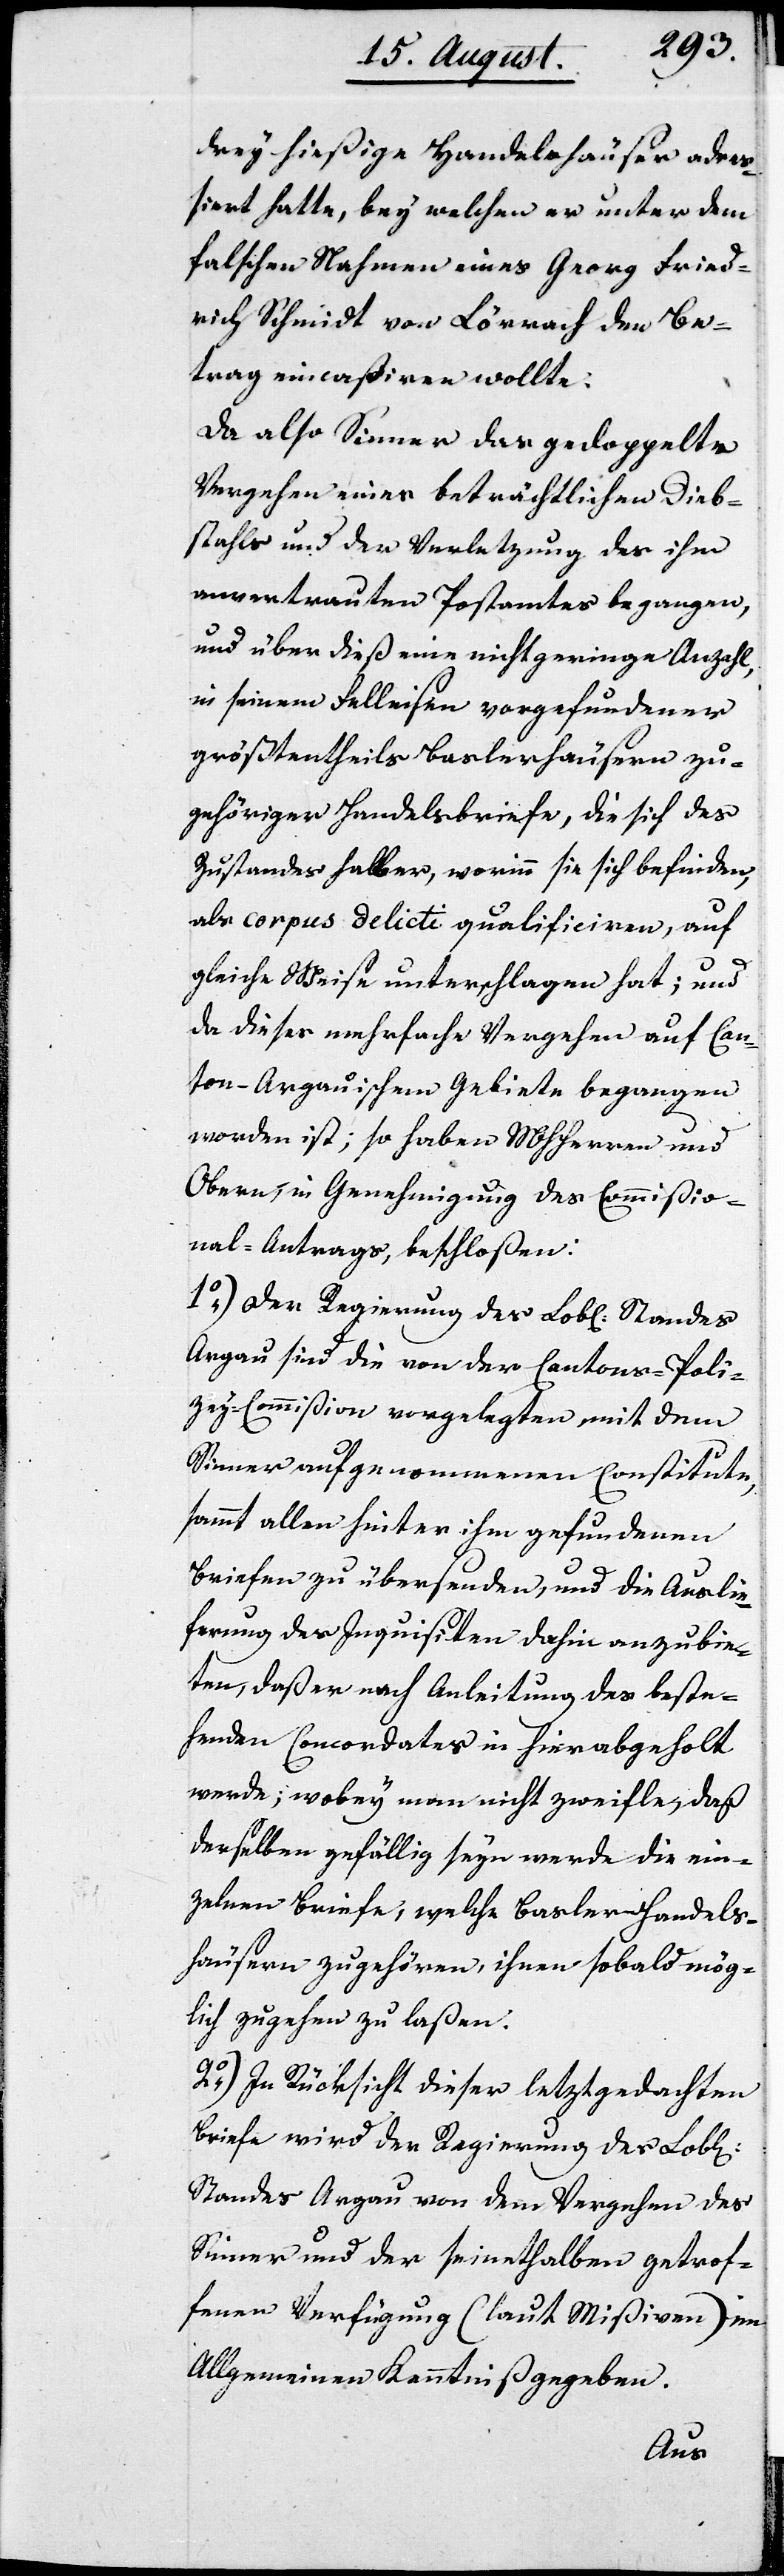
drey hießige Handelshäuser adre¬
ßiert hatte, bey welchen er unter dem
falschen Nahmen eines Georg Fried¬
rich Schmidt von Lörrach den Be¬
trag eincaßieren wollte.
Da also Sinner das gedoppelte
Vergehen eines beträchtlichen Dieb¬
stahls und der Verletzung des ihm
anvertrauten Postamtes begangen,
und über dieß eine nicht geringe Anzahl,
in seinem Felleisen vorgefundener
größtentheils Baslerhäusern zu¬
gehöriger Handelsbriefe, die sich des
Zustandes halber, worinn sie sich befinden,
als corpus delicti qualificieren, auf
gleiche Weise unterschlagen hat; und
da dieses mehrfache Vergehen auf Can¬
ton-Argauischem Gebiete begangen
worden ist; so haben MHHerren und
Obern in Genehmigung des Commißio¬
nal-Antrags, beschloßen:
1.) Der Regierung des Lobl. Standes
Argau sind die von der Cantons-Poli¬
zey-Commißion vorgelegten mit dem
Sinner aufgenommenen Constitute,
sammt allen hinter ihm gefundenen
Briefen zu übersenden, und die Auslie¬
ferung des Inquisiten dahin anzubie¬
ten, daß er nach Anleitung des beste¬
henden Concordates in hier abgeholt
werde; wobey man nicht zweifle, daß
derselben gefällig seyn werde die ein¬
zelnen Briefe, welcher Basler Handels¬
häusern zugehören, ihnen sobald mög¬
lich zugehen zu laßen.
2.) In Rücksicht dieser letztgedachten
Briefe wird der Regierung des Lobl.
Standes Argau von dem Vergehen des
Sinner und der seinethalben getrof¬
fenen Verfügung (laut Mißiven) im
Allgemeinen Kenntniß gegeben.
an